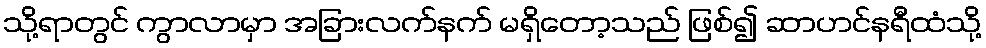
သို့ရာတွင် ကွာလာမှာ အခြားလက်နက် မရှိတော့သည် ဖြစ်၍ ဆာဟင်နရီထံသို့